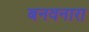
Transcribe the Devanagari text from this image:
बनवनारा